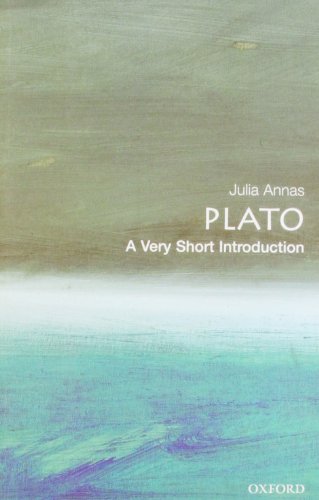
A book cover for Plato: A Very Short Introduction; Julia Annas; Biographies & Memoirs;